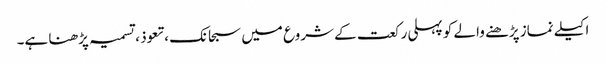
اکیلے نماز پڑھنے والے کو پہلی رکعت کے شروع میں سبحانک ،تعوذ ، تسمیہ پڑھنا ہے۔